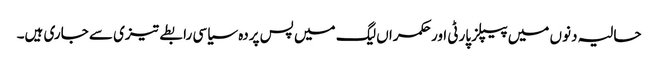
حالیہ دنوں میں پیپلز پارٹی اور حکمراں لیگ میں پس پردہ سیاسی رابطے تیزی سے جاری ہیں۔